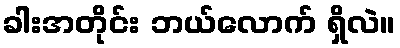
ခါးအတိုင်း ဘယ်လောက် ရှိလဲ။